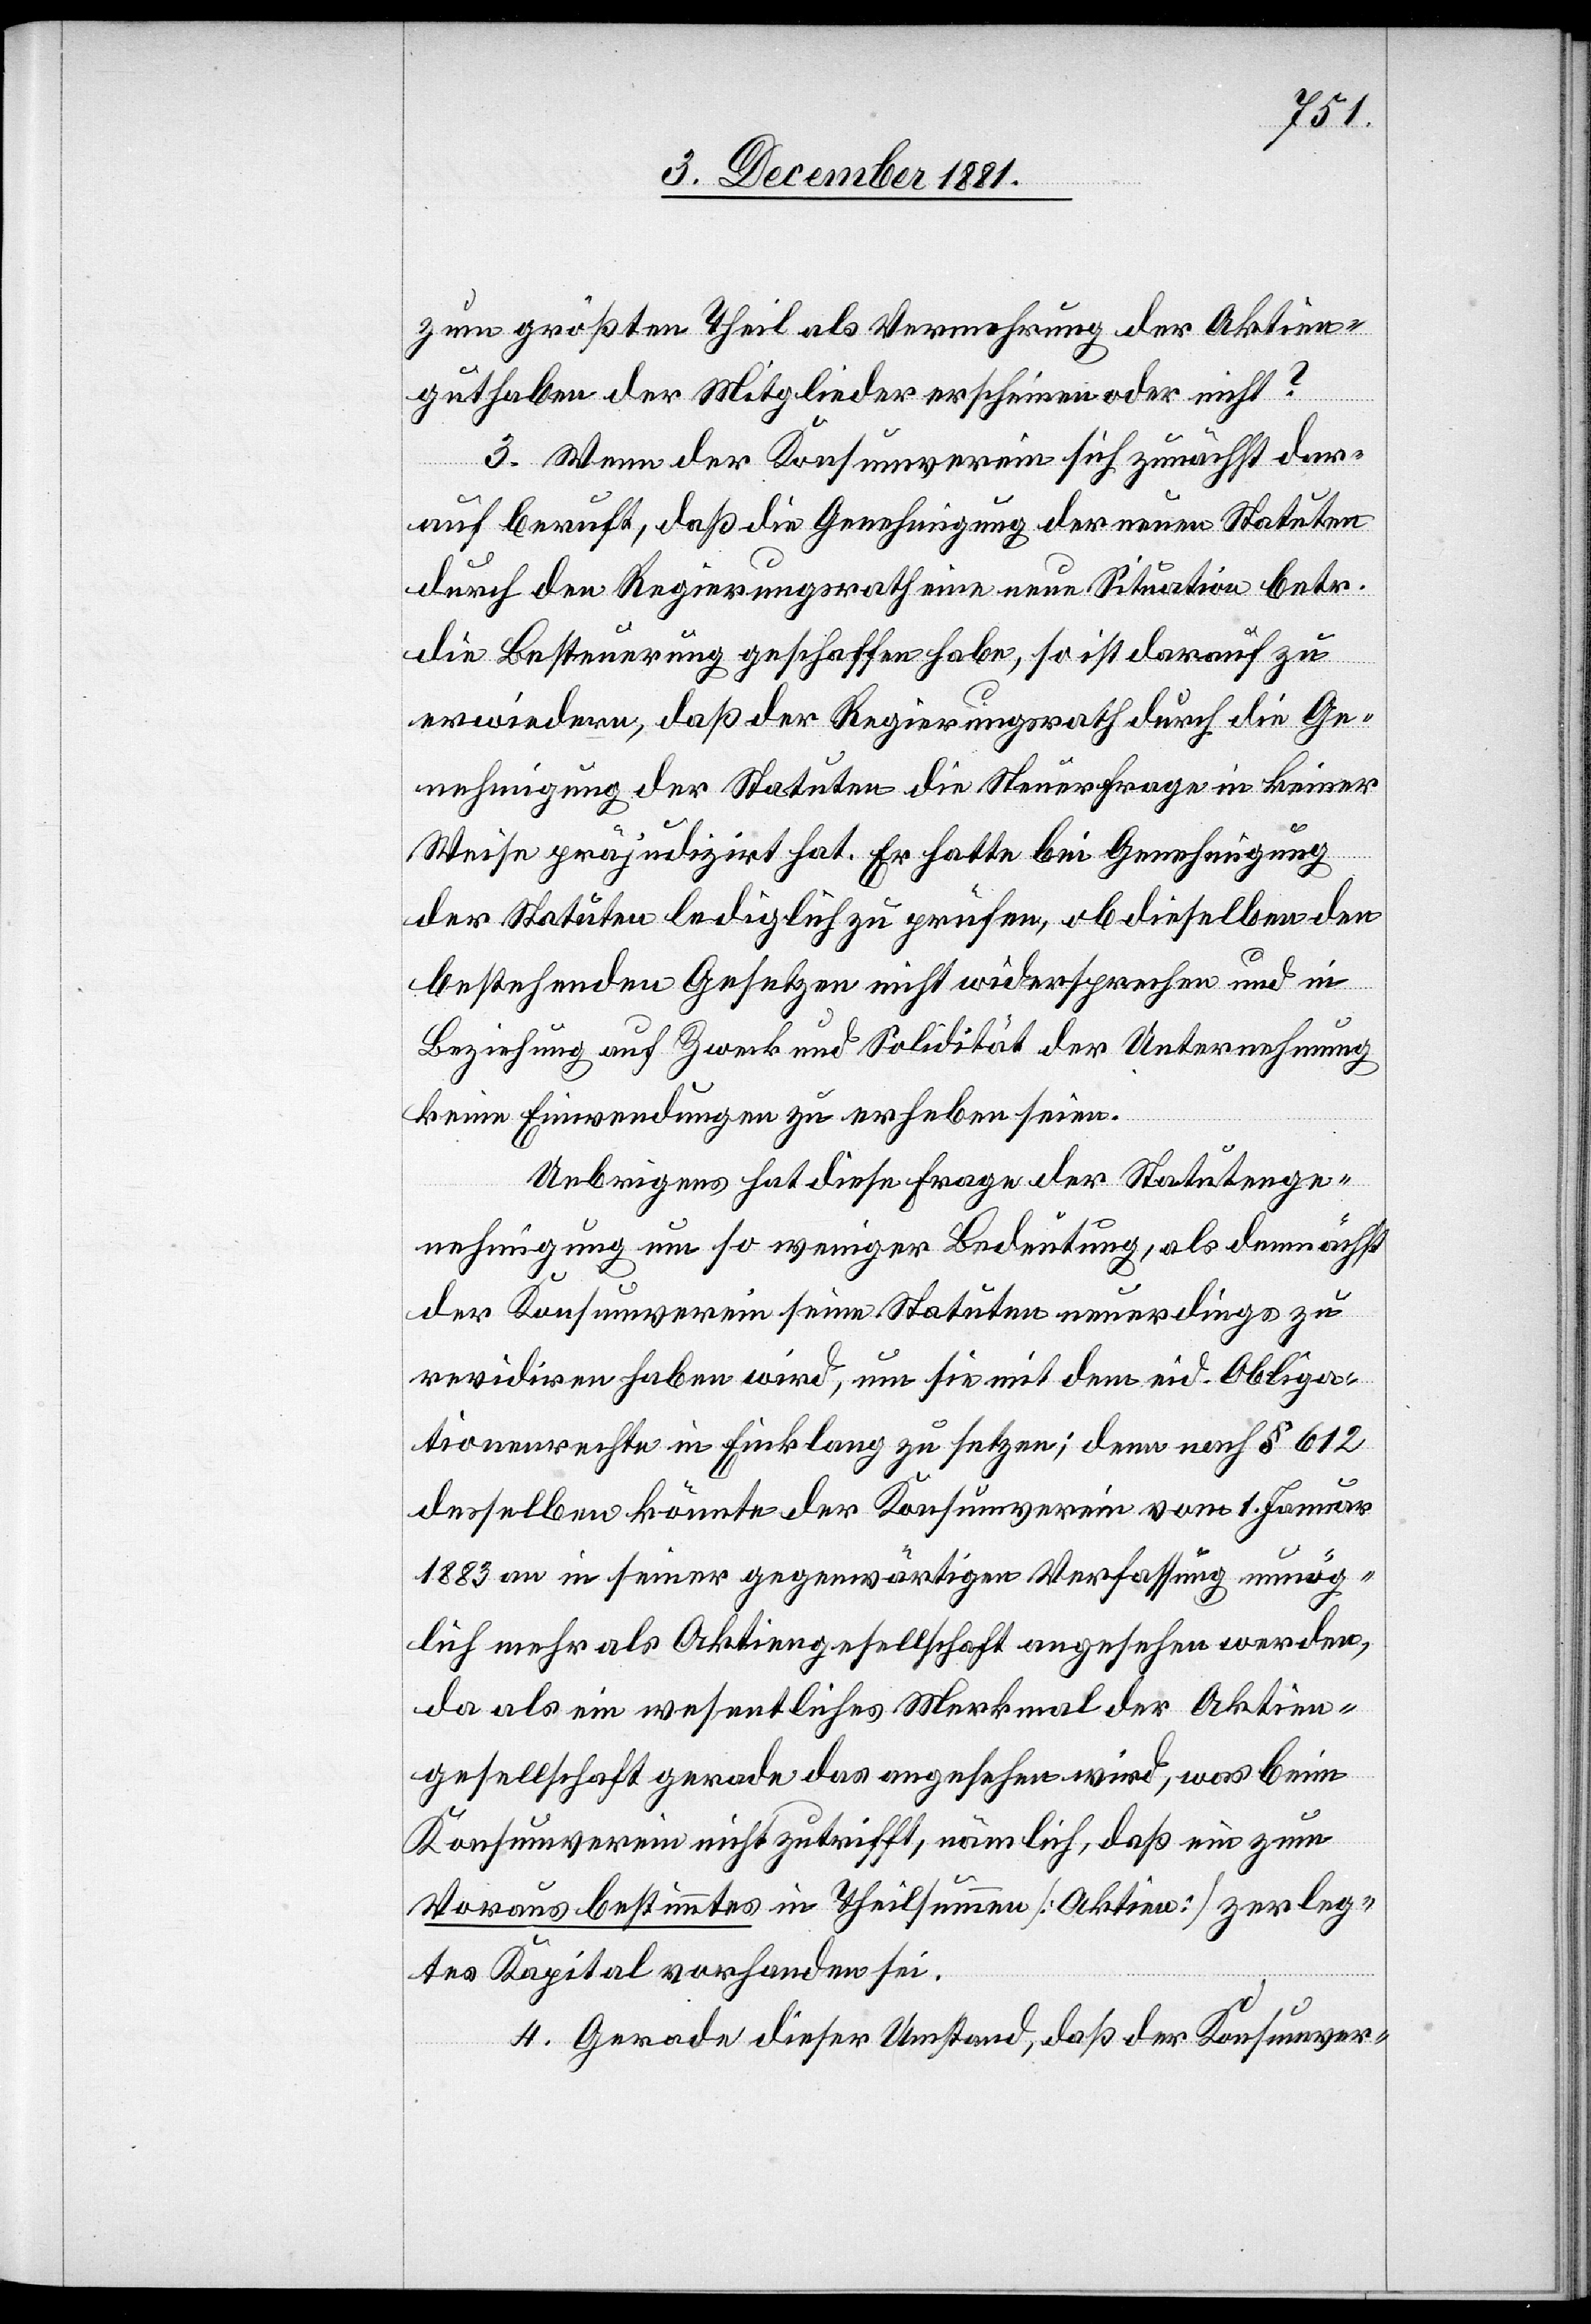
zum größten Theil als Vermehrung der Aktien¬
guthaben der Mitglieder erscheinen oder nicht?
3. Wenn der Konsumverein sich zunächst dar¬
auf beruft, daß die Genehmigung der neuen Statuten
durch den Regierungsrath eine neue Situation betr.
die Besteuerung geschaffen habe, so ist darauf zu
erwiedern, daß der Regierungsrath durch die Ge¬
nehmigung der Statuten die Steuerfrage in keiner
Weise präjudizirt hat. Er hatte bei Genehmigung
der Statuten lediglich zu prüfen, ob dieselben den
bestehenden Gesetzen nicht widersprechen und in
Beziehung auf Zweck und Solidität der Unternehmung
keine Einwendungen zu erheben seien.
Uebrigens hat diese Frage der Statutenge¬
nehmigung um so weniger Bedeutung, als demnächst
der Konsumverein seine Statuten neuerdings zu
revidiren haben wird, um sie mit dem eid. Obliga¬
tionenrechte in Einklang zu setzen; denn nach § 612
desselben könnte der Konsumverein vom 1. Januar
1883 an in seiner gegenwärtigen Verfassung unmög¬
lich mehr als Aktiengesellschaft angesehen werden,
da als ein wesentliches Merkmal der Aktien¬
gesellschaft gerade das angesehen wird, was beim
Konsumverein nicht zutrifft, nämlich, daß ein zum
Voraus bestimmtes in Theilsummen [Aktien] zerleg¬
tes Kapital vorhanden sei.
4. Gerade dieser Umstand, daß der Konsumver-